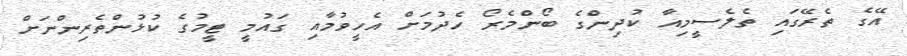
އޭގެ ތެރޭގައި ތެލެސީމިއާ ކުދިންގެ ބޯންމެރޯ ހެދުމަށް އެހީވުމާއި ގައުމީ ޓީމުގެ ކުޅުންތެރިންނަށް